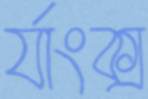
র‍্যাংক্স